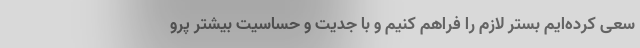
سعی کرده‌ایم بستر لازم را فراهم کنیم و با جدیت و حساسیت بیشتر پرو